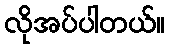
လိုအပ်ပါတယ်။